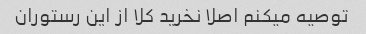
توصیه میکنم اصلا نخرید کلا از این رستوران